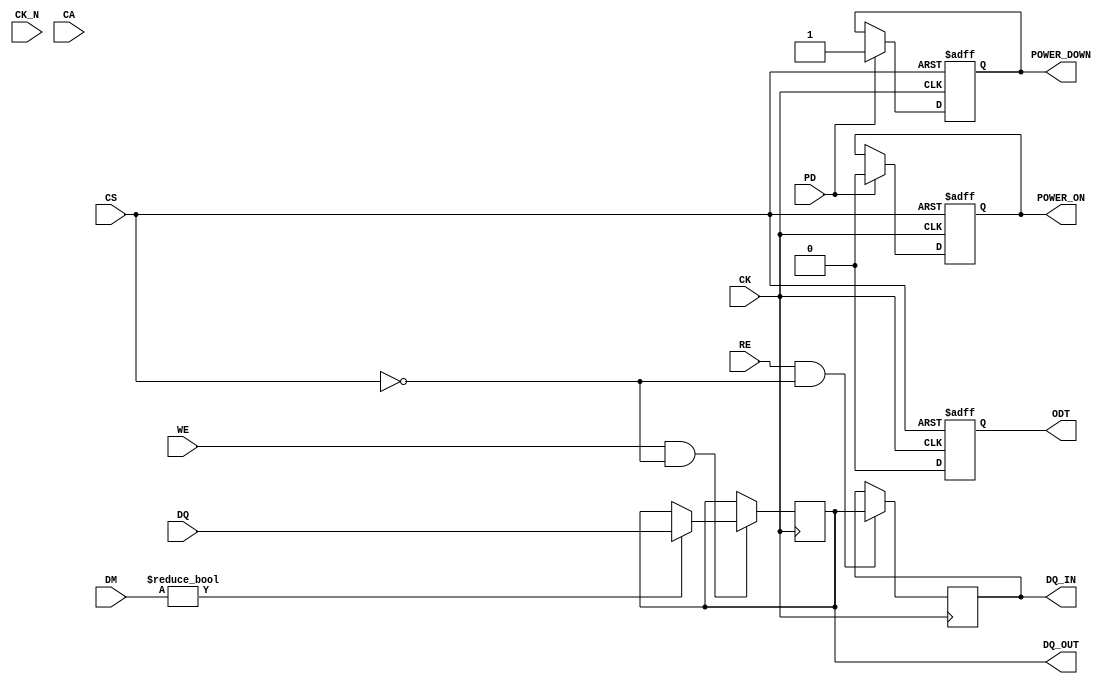
module gddr3_io_block (
    // I/O Interface
    input  wire [31:0] DQ,         // Data Lines
    input  wire [3:0]  DM,         // Data Mask
    input  wire CK,                 // Clock
    input  wire CK_N,               // Inverted Clock
    input  wire [15:0] CA,         // Command and Address Lines

    // Control Signals
    input  wire CS,                 // Chip Select
    input  wire WE,                 // Write Enable
    input  wire RE,                 // Read Enable
    input  wire PD,                 // Power Down

    // Output
    output reg [31:0] DQ_OUT,       // Output Data
    output reg [31:0] DQ_IN,        // Input Data
    output reg ODT,                 // On-Die Termination

    // Power Management
    output reg POWER_ON,            // Power On Signal
    output reg POWER_DOWN           // Power Down Signal
);

    // Internal signals
    reg [31:0] data_buffer;          // Buffer for data
    reg initialized;                 // Initialization flag

    // Initialization sequence
    initial begin
        POWER_ON = 1'b0;
        POWER_DOWN = 1'b0;
        initialized = 1'b0;
        // Add initialization sequence here
    end

    // Power Management Logic
    always @(posedge CK or negedge CS) begin
        if (!CS) begin
            POWER_ON <= 1'b1;  // Power up when chip is selected
            POWER_DOWN <= 1'b0;
        end else if (PD) begin
            POWER_DOWN <= 1'b1; // Power down when PD is active
            POWER_ON <= 1'b0;
        end
    end

    // Data Flow Control
    always @(posedge CK) begin
        if (WE && !CS) begin
            // Write operation
            if (DM) begin
                // Masked write logic (data not written if DM is high)
                DQ_OUT <= DQ;  // Write data to output
            end
        end
        if (RE && !CS) begin
            // Read operation
            DQ_IN <= DQ_OUT; // Read data from output
        end
    end

    // Timing Control Logic
    // (Add your timing parameters and control logic here)

    // On-Die Termination Logic
    always @(posedge CK or negedge CS) begin
        if (!CS) begin
            ODT <= 1'b1; // Enable ODT when chip is selected
        end else begin
            ODT <= 1'b0; // Disable ODT when chip is not selected
        end
    end

    // Simulation and Testing
    // (Add test points and simulation models here)

endmodule